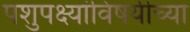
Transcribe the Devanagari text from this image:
पशुपक्ष्यांविषयीच्या